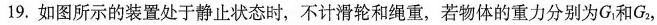
19.如图所示的装置处于静止状态时，不计滑轮和绳重，若物体的重力分别为G_{1} 和G_{2} ，